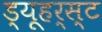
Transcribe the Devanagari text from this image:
ड्यूहर्स्ट